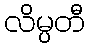
လိမ္ပတီ